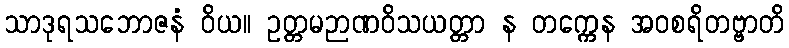
သာဒုရသဘောဇနံ ဝိယ။ ဥတ္တမဉာဏဝိသယတ္တာ န တက္ကေန အဝစရိတဗ္ဗာတိ